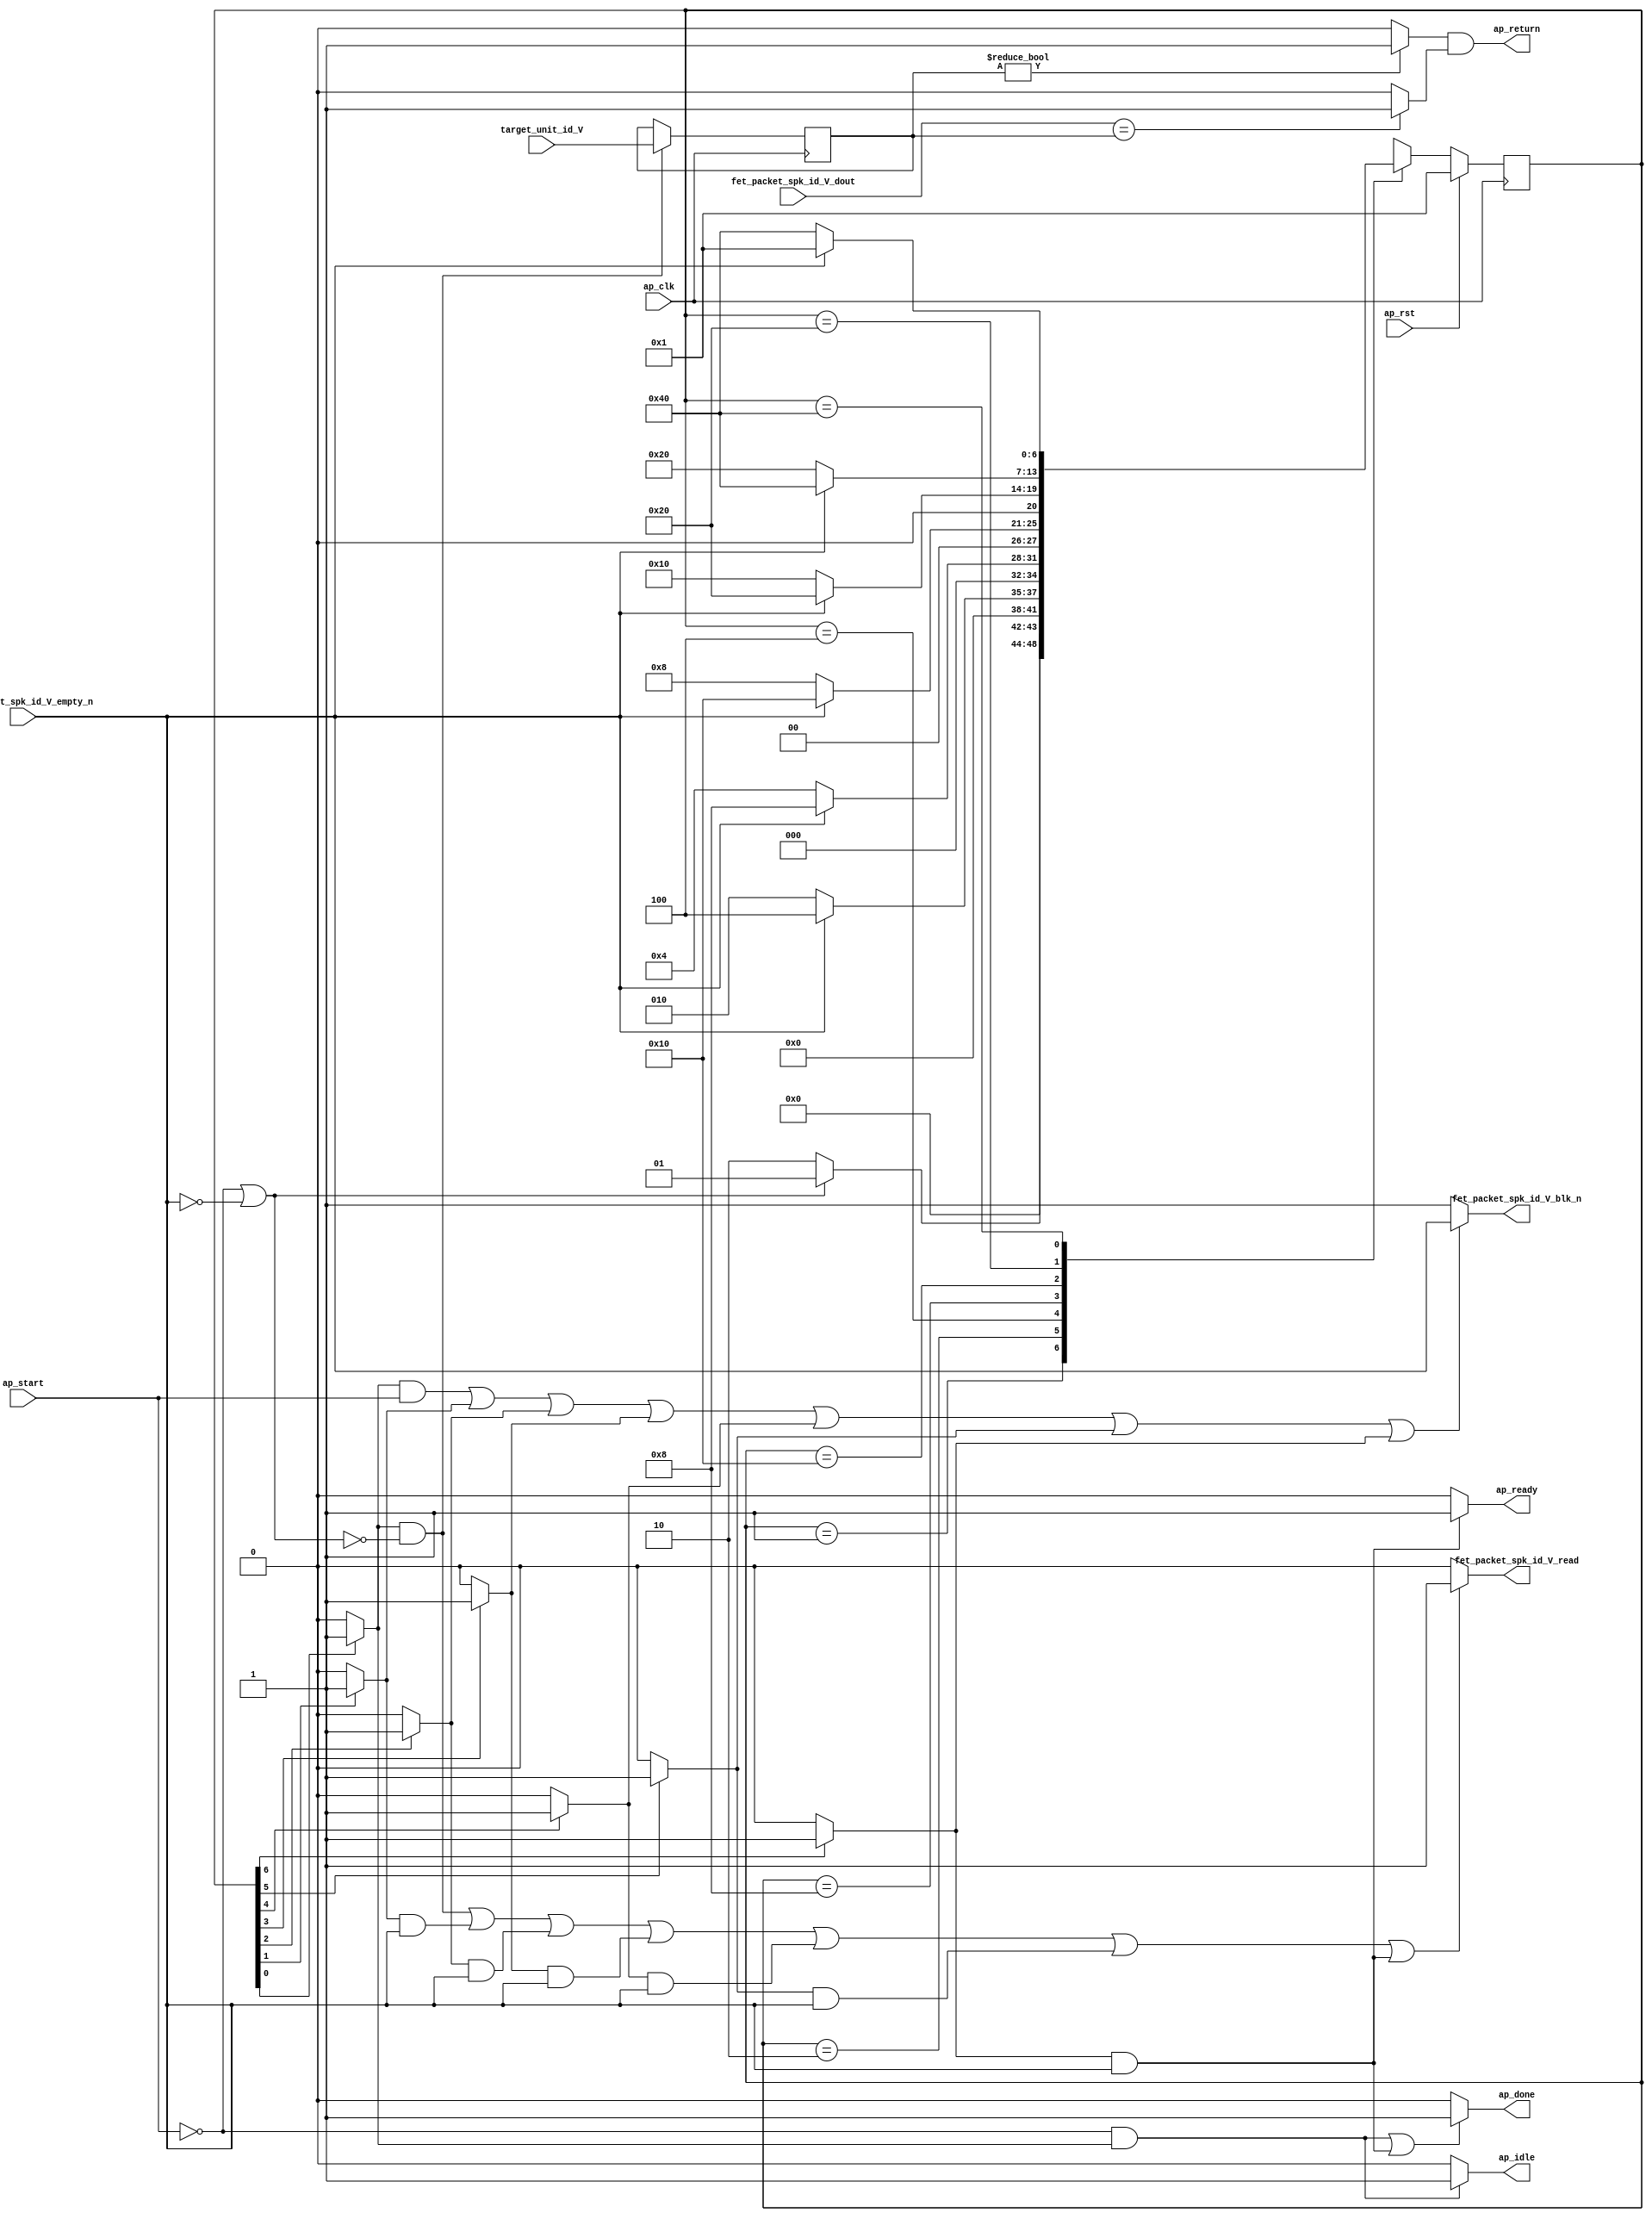
// ==============================================================
// RTL generated by Vivado(TM) HLS - High-Level Synthesis from C, C++ and SystemC
// Version: 2016.1
// Copyright (C) 1986-2016 Xilinx, Inc. All Rights Reserved.
// 
// ===========================================================

`timescale 1 ns / 1 ps 

module rt_feedback_read_packet (
        ap_clk,
        ap_rst,
        ap_start,
        ap_done,
        ap_idle,
        ap_ready,
        fet_packet_spk_id_V_dout,
        fet_packet_spk_id_V_empty_n,
        fet_packet_spk_id_V_read,
        target_unit_id_V,
        ap_return,
        fet_packet_spk_id_V_blk_n
);

parameter    ap_ST_st1_fsm_0 = 7'b1;
parameter    ap_ST_st2_fsm_1 = 7'b10;
parameter    ap_ST_st3_fsm_2 = 7'b100;
parameter    ap_ST_st4_fsm_3 = 7'b1000;
parameter    ap_ST_st5_fsm_4 = 7'b10000;
parameter    ap_ST_st6_fsm_5 = 7'b100000;
parameter    ap_ST_st7_fsm_6 = 7'b1000000;
parameter    ap_const_lv32_0 = 32'b00000000000000000000000000000000;
parameter    ap_const_lv32_1 = 32'b1;
parameter    ap_const_lv32_2 = 32'b10;
parameter    ap_const_lv32_3 = 32'b11;
parameter    ap_const_lv32_4 = 32'b100;
parameter    ap_const_lv32_5 = 32'b101;
parameter    ap_const_lv32_6 = 32'b110;
parameter    ap_const_lv16_0 = 16'b0000000000000000;

input   ap_clk;
input   ap_rst;
input   ap_start;
output   ap_done;
output   ap_idle;
output   ap_ready;
input  [31:0] fet_packet_spk_id_V_dout;
input   fet_packet_spk_id_V_empty_n;
output   fet_packet_spk_id_V_read;
input  [15:0] target_unit_id_V;
output  [0:0] ap_return;
output   fet_packet_spk_id_V_blk_n;

reg ap_done;
reg ap_idle;
reg ap_ready;
reg fet_packet_spk_id_V_read;
reg fet_packet_spk_id_V_blk_n;

(* fsm_encoding = "none" *) reg   [6:0] ap_CS_fsm;
reg    ap_sig_cseq_ST_st1_fsm_0;
reg    ap_sig_24;
reg    ap_sig_cseq_ST_st2_fsm_1;
reg    ap_sig_44;
reg    ap_sig_cseq_ST_st3_fsm_2;
reg    ap_sig_52;
reg    ap_sig_cseq_ST_st4_fsm_3;
reg    ap_sig_60;
reg    ap_sig_cseq_ST_st5_fsm_4;
reg    ap_sig_68;
reg    ap_sig_cseq_ST_st6_fsm_5;
reg    ap_sig_76;
reg    ap_sig_cseq_ST_st7_fsm_6;
reg    ap_sig_84;
reg   [15:0] ap_reg_ptbuf_target_unit_id_V;
reg    ap_sig_90;
wire   [31:0] tmp_fu_36_p1;
wire   [0:0] notrhs_fu_46_p2;
wire   [0:0] notlhs_fu_40_p2;
reg   [6:0] ap_NS_fsm;

// power-on initialization
initial begin
#0 ap_CS_fsm = 7'b1;
end

always @ (posedge ap_clk) begin
    if (ap_rst == 1'b1) begin
        ap_CS_fsm <= ap_ST_st1_fsm_0;
    end else begin
        ap_CS_fsm <= ap_NS_fsm;
    end
end

always @ (posedge ap_clk) begin
    if (((1'b1 == ap_sig_cseq_ST_st1_fsm_0) & ~ap_sig_90)) begin
        ap_reg_ptbuf_target_unit_id_V <= target_unit_id_V;
    end
end

always @ (*) begin
    if ((((1'b0 == ap_start) & (1'b1 == ap_sig_cseq_ST_st1_fsm_0)) | ((1'b1 == ap_sig_cseq_ST_st7_fsm_6) & ~(fet_packet_spk_id_V_empty_n == 1'b0)))) begin
        ap_done = 1'b1;
    end else begin
        ap_done = 1'b0;
    end
end

always @ (*) begin
    if (((1'b0 == ap_start) & (1'b1 == ap_sig_cseq_ST_st1_fsm_0))) begin
        ap_idle = 1'b1;
    end else begin
        ap_idle = 1'b0;
    end
end

always @ (*) begin
    if (((1'b1 == ap_sig_cseq_ST_st7_fsm_6) & ~(fet_packet_spk_id_V_empty_n == 1'b0))) begin
        ap_ready = 1'b1;
    end else begin
        ap_ready = 1'b0;
    end
end

always @ (*) begin
    if (ap_sig_24) begin
        ap_sig_cseq_ST_st1_fsm_0 = 1'b1;
    end else begin
        ap_sig_cseq_ST_st1_fsm_0 = 1'b0;
    end
end

always @ (*) begin
    if (ap_sig_44) begin
        ap_sig_cseq_ST_st2_fsm_1 = 1'b1;
    end else begin
        ap_sig_cseq_ST_st2_fsm_1 = 1'b0;
    end
end

always @ (*) begin
    if (ap_sig_52) begin
        ap_sig_cseq_ST_st3_fsm_2 = 1'b1;
    end else begin
        ap_sig_cseq_ST_st3_fsm_2 = 1'b0;
    end
end

always @ (*) begin
    if (ap_sig_60) begin
        ap_sig_cseq_ST_st4_fsm_3 = 1'b1;
    end else begin
        ap_sig_cseq_ST_st4_fsm_3 = 1'b0;
    end
end

always @ (*) begin
    if (ap_sig_68) begin
        ap_sig_cseq_ST_st5_fsm_4 = 1'b1;
    end else begin
        ap_sig_cseq_ST_st5_fsm_4 = 1'b0;
    end
end

always @ (*) begin
    if (ap_sig_76) begin
        ap_sig_cseq_ST_st6_fsm_5 = 1'b1;
    end else begin
        ap_sig_cseq_ST_st6_fsm_5 = 1'b0;
    end
end

always @ (*) begin
    if (ap_sig_84) begin
        ap_sig_cseq_ST_st7_fsm_6 = 1'b1;
    end else begin
        ap_sig_cseq_ST_st7_fsm_6 = 1'b0;
    end
end

always @ (*) begin
    if ((((1'b1 == ap_sig_cseq_ST_st1_fsm_0) & ~(ap_start == 1'b0)) | (1'b1 == ap_sig_cseq_ST_st2_fsm_1) | (1'b1 == ap_sig_cseq_ST_st3_fsm_2) | (1'b1 == ap_sig_cseq_ST_st4_fsm_3) | (1'b1 == ap_sig_cseq_ST_st5_fsm_4) | (1'b1 == ap_sig_cseq_ST_st6_fsm_5) | (1'b1 == ap_sig_cseq_ST_st7_fsm_6))) begin
        fet_packet_spk_id_V_blk_n = fet_packet_spk_id_V_empty_n;
    end else begin
        fet_packet_spk_id_V_blk_n = 1'b1;
    end
end

always @ (*) begin
    if ((((1'b1 == ap_sig_cseq_ST_st1_fsm_0) & ~ap_sig_90) | ((1'b1 == ap_sig_cseq_ST_st2_fsm_1) & ~(fet_packet_spk_id_V_empty_n == 1'b0)) | ((1'b1 == ap_sig_cseq_ST_st3_fsm_2) & ~(fet_packet_spk_id_V_empty_n == 1'b0)) | ((1'b1 == ap_sig_cseq_ST_st4_fsm_3) & ~(fet_packet_spk_id_V_empty_n == 1'b0)) | ((1'b1 == ap_sig_cseq_ST_st5_fsm_4) & ~(fet_packet_spk_id_V_empty_n == 1'b0)) | ((1'b1 == ap_sig_cseq_ST_st6_fsm_5) & ~(fet_packet_spk_id_V_empty_n == 1'b0)) | ((1'b1 == ap_sig_cseq_ST_st7_fsm_6) & ~(fet_packet_spk_id_V_empty_n == 1'b0)))) begin
        fet_packet_spk_id_V_read = 1'b1;
    end else begin
        fet_packet_spk_id_V_read = 1'b0;
    end
end

always @ (*) begin
    case (ap_CS_fsm)
        ap_ST_st1_fsm_0 : begin
            if (~ap_sig_90) begin
                ap_NS_fsm = ap_ST_st2_fsm_1;
            end else begin
                ap_NS_fsm = ap_ST_st1_fsm_0;
            end
        end
        ap_ST_st2_fsm_1 : begin
            if (~(fet_packet_spk_id_V_empty_n == 1'b0)) begin
                ap_NS_fsm = ap_ST_st3_fsm_2;
            end else begin
                ap_NS_fsm = ap_ST_st2_fsm_1;
            end
        end
        ap_ST_st3_fsm_2 : begin
            if (~(fet_packet_spk_id_V_empty_n == 1'b0)) begin
                ap_NS_fsm = ap_ST_st4_fsm_3;
            end else begin
                ap_NS_fsm = ap_ST_st3_fsm_2;
            end
        end
        ap_ST_st4_fsm_3 : begin
            if (~(fet_packet_spk_id_V_empty_n == 1'b0)) begin
                ap_NS_fsm = ap_ST_st5_fsm_4;
            end else begin
                ap_NS_fsm = ap_ST_st4_fsm_3;
            end
        end
        ap_ST_st5_fsm_4 : begin
            if (~(fet_packet_spk_id_V_empty_n == 1'b0)) begin
                ap_NS_fsm = ap_ST_st6_fsm_5;
            end else begin
                ap_NS_fsm = ap_ST_st5_fsm_4;
            end
        end
        ap_ST_st6_fsm_5 : begin
            if (~(fet_packet_spk_id_V_empty_n == 1'b0)) begin
                ap_NS_fsm = ap_ST_st7_fsm_6;
            end else begin
                ap_NS_fsm = ap_ST_st6_fsm_5;
            end
        end
        ap_ST_st7_fsm_6 : begin
            if (~(fet_packet_spk_id_V_empty_n == 1'b0)) begin
                ap_NS_fsm = ap_ST_st1_fsm_0;
            end else begin
                ap_NS_fsm = ap_ST_st7_fsm_6;
            end
        end
        default : begin
            ap_NS_fsm = 'bx;
        end
    endcase
end

assign ap_return = (notrhs_fu_46_p2 & notlhs_fu_40_p2);

always @ (*) begin
    ap_sig_24 = (ap_CS_fsm[ap_const_lv32_0] == 1'b1);
end

always @ (*) begin
    ap_sig_44 = (1'b1 == ap_CS_fsm[ap_const_lv32_1]);
end

always @ (*) begin
    ap_sig_52 = (1'b1 == ap_CS_fsm[ap_const_lv32_2]);
end

always @ (*) begin
    ap_sig_60 = (1'b1 == ap_CS_fsm[ap_const_lv32_3]);
end

always @ (*) begin
    ap_sig_68 = (1'b1 == ap_CS_fsm[ap_const_lv32_4]);
end

always @ (*) begin
    ap_sig_76 = (1'b1 == ap_CS_fsm[ap_const_lv32_5]);
end

always @ (*) begin
    ap_sig_84 = (1'b1 == ap_CS_fsm[ap_const_lv32_6]);
end

always @ (*) begin
    ap_sig_90 = ((ap_start == 1'b0) | (fet_packet_spk_id_V_empty_n == 1'b0));
end

assign notlhs_fu_40_p2 = ((fet_packet_spk_id_V_dout == tmp_fu_36_p1) ? 1'b1 : 1'b0);

assign notrhs_fu_46_p2 = ((ap_reg_ptbuf_target_unit_id_V != ap_const_lv16_0) ? 1'b1 : 1'b0);

assign tmp_fu_36_p1 = ap_reg_ptbuf_target_unit_id_V;

endmodule //rt_feedback_read_packet